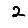
Digit: 2